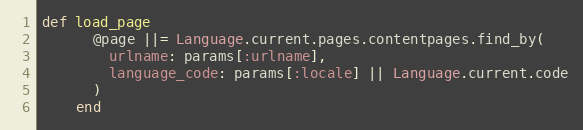
Language: Ruby
def load_page
      @page ||= Language.current.pages.contentpages.find_by(
        urlname: params[:urlname],
        language_code: params[:locale] || Language.current.code
      )
    end